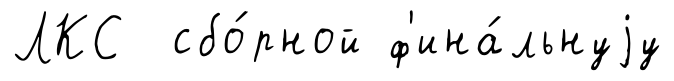
ЛКС сбо́рной ф'ина́льнуjу